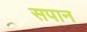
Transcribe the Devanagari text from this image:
सपान